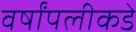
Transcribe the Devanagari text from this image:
वर्षांपलीकडे